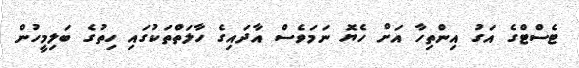
ޓެސްޓްގެ އަގު އިންތިހާ އަށް ހެޔޮ ނަމަވެސް އާދައިގެ ހާލަތްތަކުގައި ހިތުގެ ބަލިމީހުން